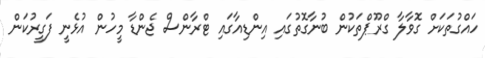
ހައްގުތަކަށް ގޮވާލާ ގްރޫޕްތަކުން ބުނާގޮތުގައި އިންޑިއާގައި ޓްރާންސް ޖެންޑާ މީހުން އުޅެނީ ފަގީރުކަން